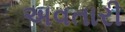
અવતારી